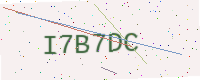
Text: I7B7DC